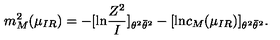
m _ { M } ^ { 2 } ( \mu _ { I R } ) = - [ \mathrm { l n } \frac { Z ^ { 2 } } { I } ] _ { \theta ^ { 2 } \bar { \theta } ^ { 2 } } - [ \mathrm { l n } c _ { M } ( \mu _ { I R } ) ] _ { \theta ^ { 2 } \bar { \theta } ^ { 2 } } .